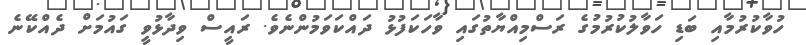
ހުވާކުރުމާއި ބަޑި ހަވާލުކުރުމުގެ ރަސްމިއްޔާތުގައި ވާހަކަފުޅު ދައްކަވަމުންނެވެ. ރައީސް ވިދާޅުވީ ގައުމަށް ދެއްކޭނެ